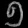
Digit: ၅